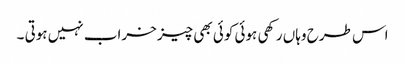
اس طرح وہاں رکھی ہوئی کوئی بھی چیز خراب نہیں ہوتی ۔